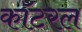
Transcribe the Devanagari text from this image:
कॉटरल